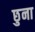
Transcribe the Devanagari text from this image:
छुना